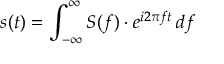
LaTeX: s ( t ) = \int _ { - \infty } ^ { \infty } S ( f ) \cdot e ^ { i 2 \pi f t } \, d f